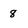
Character: 8